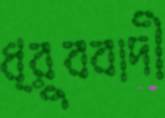
ধ্রুববাদী